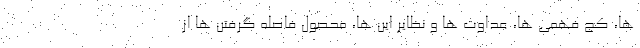
ها، کج فهمی ها، عداوت ها و نظایر این ها، محصول فاصله گرفتن ها از